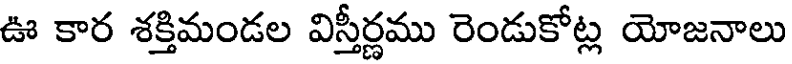
ఊ కార శక్తిమండల విస్తీర్ణము రెండుకోట్ల యోజనాలు